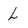
Character: L